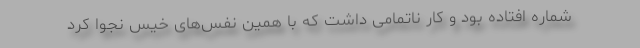
شماره افتاده بود و کار ناتمامی داشت که با همین نفس‌های خیس نجوا کرد